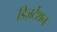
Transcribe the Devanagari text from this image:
डिज़र्टेशन